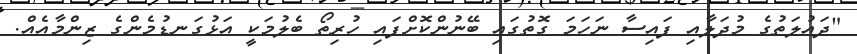
"ދައުލަތުގެ މުދަލާއި ފައިސާ ނަހަމަ ގޮތުގައި ބޭނުންކޮށްފައި ހުރިތޯ ބެލުމަކީ އަޅުގަނޑުމެންގެ ޒިންމާއެއް.